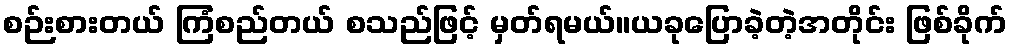
စဉ်းစားတယ် ကြံစည်တယ် စသည်ဖြင့် မှတ်ရမယ်။ယခုပြောခဲ့တဲ့အတိုင်း ဖြစ်ခိုက်